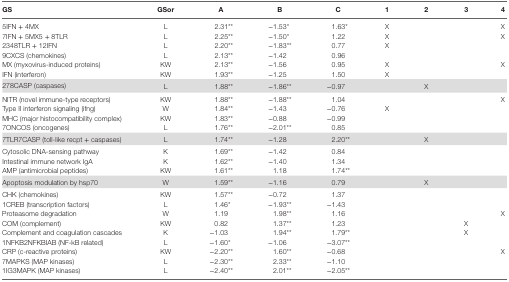
<table><thead><tr><td><b>GS</b></td><td><b>GSor</b></td><td><b>A</b></td><td><b>B</b></td><td><b>C</b></td><td><b>1</b></td><td><b>2</b></td><td><b>3</b></td><td><b>4</b></td></tr></thead><tbody><tr><td>5IFN + 4MX</td><td>L</td><td>2.31**</td><td>−1.53*</td><td>1.63*</td><td>X</td><td></td><td></td><td>X</td></tr><tr><td>7IFN + 5MX5 + 8TLR</td><td>L</td><td>2.25**</td><td>−1.50*</td><td>1.22</td><td>X</td><td></td><td></td><td>X</td></tr><tr><td>2348TLR + 12IFN</td><td>L</td><td>2.20**</td><td>−1.83**</td><td>0.77</td><td>X</td><td></td><td></td><td></td></tr><tr><td>9CXCS (chemokines)</td><td>L</td><td>2.13**</td><td>−1.42</td><td>0.96</td><td></td><td></td><td></td><td></td></tr><tr><td>MX (myxovirus-induced proteins)</td><td>KW</td><td>2.13**</td><td>−1.56</td><td>0.95</td><td>X</td><td></td><td></td><td>X</td></tr><tr><td>IFN (interferon)</td><td>KW</td><td>1.93**</td><td>−1.25</td><td>1.50</td><td>X</td><td></td><td></td><td></td></tr><tr><td>278CASP (caspases)</td><td>L</td><td>1.88**</td><td>−1.86**</td><td>−0.97</td><td></td><td>X</td><td></td><td></td></tr><tr><td>NITR (novel immune-type receptors)</td><td>KW</td><td>1.88**</td><td>−1.88**</td><td>1.04</td><td></td><td></td><td></td><td>X</td></tr><tr><td>Type II interferon signaling (ifng)</td><td>W</td><td>1.84**</td><td>−1.43</td><td>−0.76</td><td>X</td><td></td><td></td><td></td></tr><tr><td>MHC (major histocompatibility complex)</td><td>KW</td><td>1.83**</td><td>−0.88</td><td>−0.99</td><td></td><td></td><td></td><td></td></tr><tr><td>7ONCOS (oncogenes)</td><td>L</td><td>1.76**</td><td>−2.01**</td><td>0.85</td><td></td><td></td><td></td><td></td></tr><tr><td>7TLR7CASP (toll-like recpt + caspases)</td><td>L</td><td>1.74**</td><td>−1.28</td><td>2.20**</td><td></td><td>X</td><td></td><td></td></tr><tr><td>Cytosolic DNA-sensing pathway</td><td>K</td><td>1.69**</td><td>−1.42</td><td>0.84</td><td></td><td></td><td></td><td></td></tr><tr><td>Intestinal immune network IgA</td><td>K</td><td>1.62**</td><td>−1.40</td><td>1.34</td><td></td><td></td><td></td><td></td></tr><tr><td>AMP (antimicrobial peptides)</td><td>KW</td><td>1.61**</td><td>1.18</td><td>1.74**</td><td></td><td></td><td></td><td></td></tr><tr><td>Apoptosis modulation by hsp70</td><td>W</td><td>1.59**</td><td>−1.16</td><td>0.79</td><td></td><td>X</td><td></td><td></td></tr><tr><td>CHK (chemokines)</td><td>KW</td><td>1.57**</td><td>−0.72</td><td>1.37</td><td></td><td></td><td></td><td></td></tr><tr><td>1CREB (transcription factors)</td><td>L</td><td>1.46*</td><td>−1.93**</td><td>−1.43</td><td></td><td></td><td></td><td></td></tr><tr><td>Proteasome degradation</td><td>W</td><td>1.19</td><td>1.98**</td><td>1.16</td><td></td><td></td><td></td><td>X</td></tr><tr><td>COM (complement)</td><td>KW</td><td>0.82</td><td>1.37**</td><td>1.23</td><td></td><td></td><td>X</td><td></td></tr><tr><td>Complement and coagulation cascades</td><td>K</td><td>−1.03</td><td>1.94**</td><td>1.79**</td><td></td><td></td><td>X</td><td></td></tr><tr><td>1NFKB2NFKBIAB (NF-kB related)</td><td>L</td><td>−1.60*</td><td>−1.06</td><td>−3.07**</td><td></td><td></td><td></td><td></td></tr><tr><td>CRP (c-reactive proteins)</td><td>KW</td><td>−2.20**</td><td>1.60**</td><td>−0.68</td><td></td><td></td><td></td><td>X</td></tr><tr><td>7MAPKS (MAP kinases)</td><td>L</td><td>−2.30**</td><td>2.33**</td><td>−1.10</td><td></td><td></td><td></td><td></td></tr><tr><td>1IG3MAPK (MAP kinases)</td><td>L</td><td>−2.40**</td><td>2.01**</td><td>−2.05**</td><td></td><td></td><td></td><td></td></tr></tbody></table>